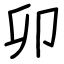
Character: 卯